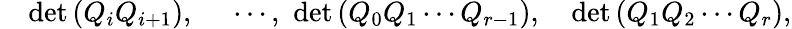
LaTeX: \quad\mathrm{det}\, (Q_{i}Q_{i+1}),\quad\, \, \cdots,\, \, \mathrm{det}\, (Q_{0}Q_{1}\cdots Q_{r-1}),\quad\mathrm{det}\, (Q_{1}Q_{2}\cdots Q_{r}),